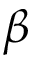
\beta